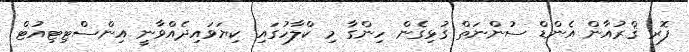
ފޮރ ޤްރުއާން އެންޑް ސުންނަތް ގުޅިގެން ހިންގާ މި ކްލާހުގައި ކިޔަވައިދެއްވާނީ އިންސްޓިޓިއުޓް